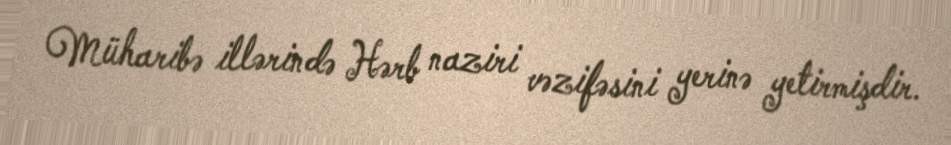
Müharibə illərində Hərb naziri vəzifəsini yerinə yetirmişdir.